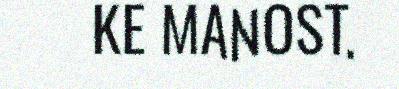
KE MANOST.